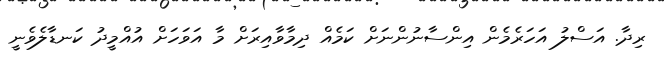
ރިދާ. އަސްލު އަހަރެމެން އިންސާނުންނަށް ކަމެއް ދިމާވާއިރަށް މާ އަވަހަށް އުއްމީދު ކަނޑާލެވެނީ